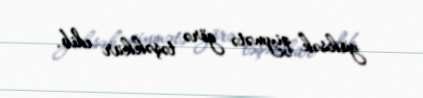
yüksək qiymətə görə təşəkkür edib.